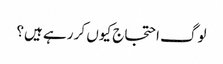
لوگ احتجاج کیوں کر رہے ہیں؟